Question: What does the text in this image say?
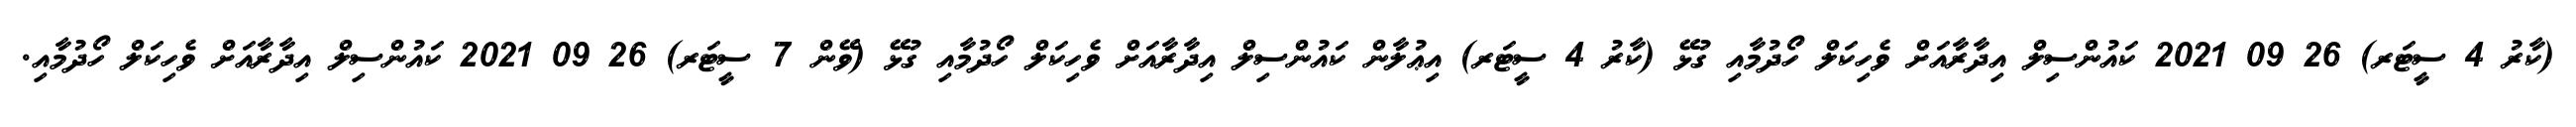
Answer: (ކާރު 4 ސީޓަރ) 26 09 2021 ކައުންސިލް އިދާރާއަށް ވެހިކަލް ހޯދުމާއި ގުޅޭ (ކާރު 4 ސީޓަރ) އިޢުލާން ކައުންސިލް އިދާރާއަށް ވެހިކަލް ހޯދުމާއި ގުޅޭ (ވޭން 7 ސީޓަރ) 26 09 2021 ކައުންސިލް އިދާރާއަށް ވެހިކަލް ހޯދުމާއި.